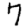
Digit: 7